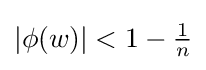
|\phi (w)|<1-{\tfrac {1}{n}}